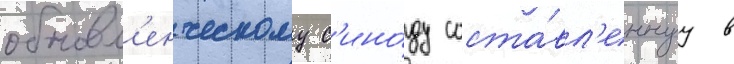
обновл'енческому с'ино́ду соста́вл'еннуу в